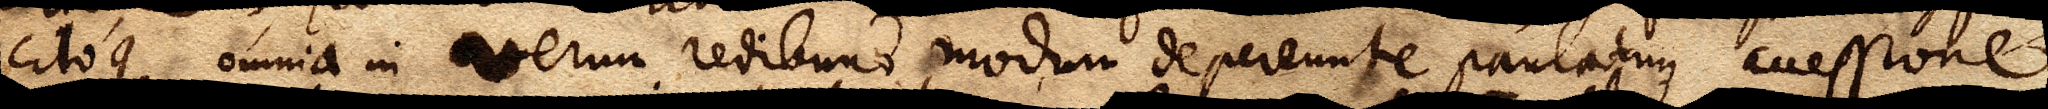
citoque omnia in verum redibunt modum depereunte paulatim accessione